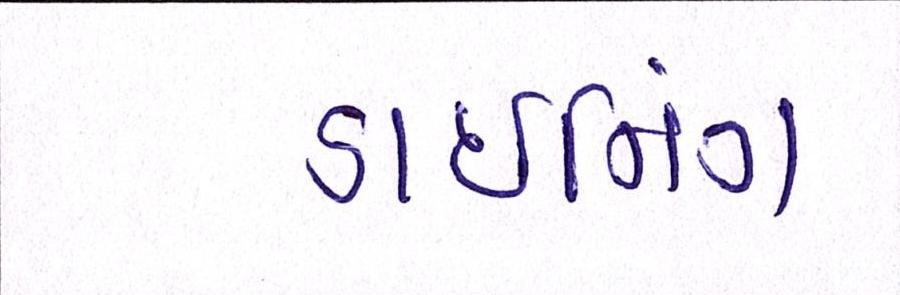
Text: ડાઇનિંગ